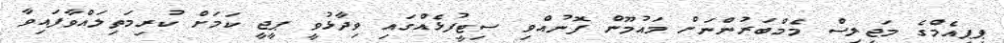
ޕީޕީއެމްގެ މަޖިލިސް މެމްބަރުންނަށް މައުމޫން ފޮނުއްވި ސިޓީފުޅެއްގައި ވިދާޅުވީ ޕީޖީ ކަމަށް ކުރިމަތިލައްވާފައިވާ